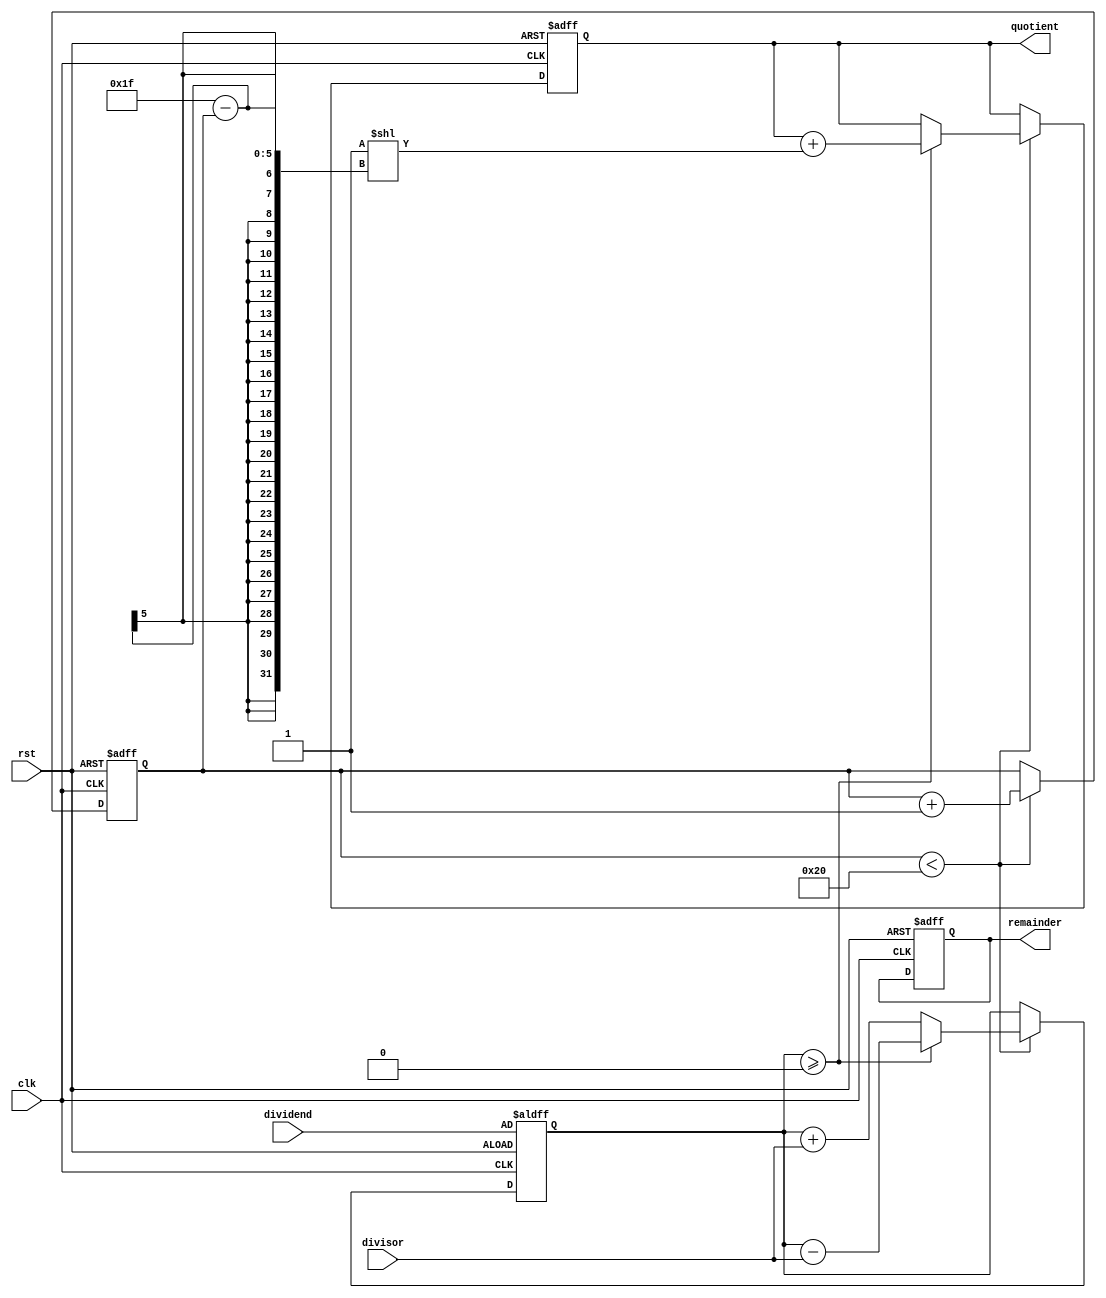
module Shift_and_Subtract_Divider (
    input wire clk,
    input wire rst,
    input wire [31:0] dividend,
    input wire [31:0] divisor,
    output reg [31:0] quotient,
    output reg [31:0] remainder
);

reg [31:0] shifted_dividend;
reg [31:0] current_remainder;
reg [4:0] shift_count;

always @ (posedge clk or posedge rst) begin
    if (rst) begin
        shifted_dividend <= 0;
        current_remainder <= dividend;
        quotient <= 0;
        remainder <= 0;
        shift_count <= 0;
    end else begin
        if (shift_count < 32) begin
            shifted_dividend <= {shifted_dividend[30:0], 1'b0};
            current_remainder <= current_remainder - divisor;
            if (current_remainder >= 0) begin
                quotient <= quotient + (1 << (31 - shift_count));
            end else begin
                current_remainder <= current_remainder + divisor;
            end
            shift_count <= shift_count + 1;
        end
    end
end

endmodule